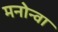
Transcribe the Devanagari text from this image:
मनोन्वा